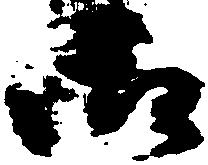
御